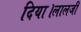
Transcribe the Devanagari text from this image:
दिया।लालजी